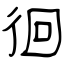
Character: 徊